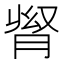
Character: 𦛬